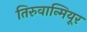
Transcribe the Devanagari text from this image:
तिरुवान्मियूर